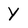
Character: Y